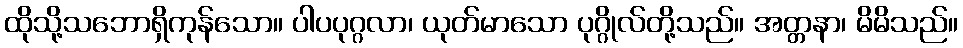
ထိုသို့သဘောရှိကုန်သော။ ပါပပုဂ္ဂလာ၊ ယုတ်မာသော ပုဂ္ဂိုလ်တို့သည်။ အတ္တနာ၊ မိမိသည်။